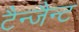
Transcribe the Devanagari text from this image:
टैन्जैन्ट